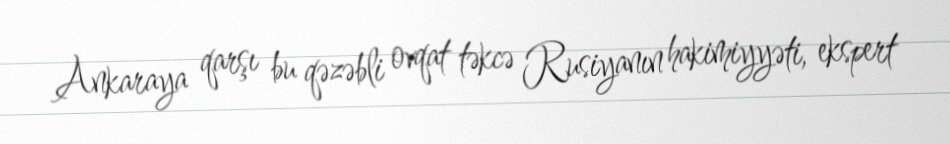
Ankaraya qarşı bu qəzəbli ovqat təkcə Rusiyanın hakimiyyəti, ekspert